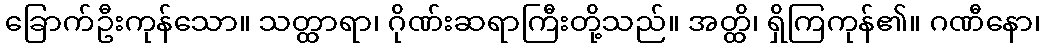
ခြောက်ဦးကုန်သော။ သတ္ထာရာ၊ ဂိုဏ်းဆရာကြီးတို့သည်။ အတ္ထိ၊ ရှိကြကုန်၏။ ဂဏီနော၊